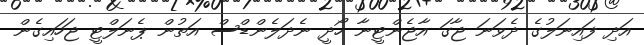
އަދި ފައިނަލުގެ ދެވަނަ ޖާގަ އާޖެންޓީނާ ހޯދީ ނެދަލެންޑްސް އަތުން ޕެނަލްޓީ ޖަހައިގެން